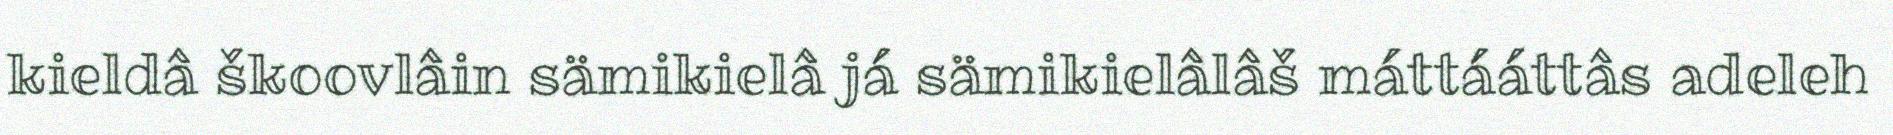
kieldâ škoovlâin sämikielâ já sämikielâlâš máttááttâs adeleh